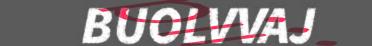
BUOLVVAJ